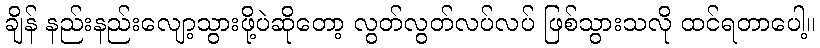
ချိန် နည်းနည်းလျော့သွားဖို့ပဲဆိုတော့ လွတ်လွတ်လပ်လပ် ဖြစ်သွားသလို ထင်ရတာပေါ့။